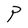
Character: P